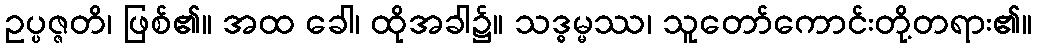
ဥပ္ပဇ္ဇတိ၊ ဖြစ်၏။ အထ ခေါ၊ ထိုအခါ၌။ သဒ္ဓမ္မဿ၊ သူတော်ကောင်းတို့တရား၏။